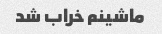
ماشینم خراب شد